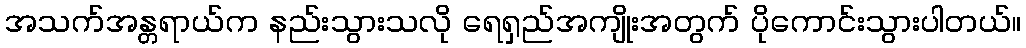
အသက်အန္တရာယ်က နည်းသွားသလို ရေရှည်အကျိုးအတွက် ပိုကောင်းသွားပါတယ်။